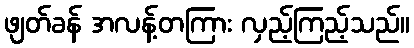
ဖျတ်ခန် အလန့်တကြား လှည့်ကြည့်သည်။